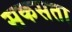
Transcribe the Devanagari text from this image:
सकसता